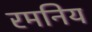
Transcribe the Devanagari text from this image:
रमनिय